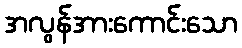
အလွန်အားကောင်းသော